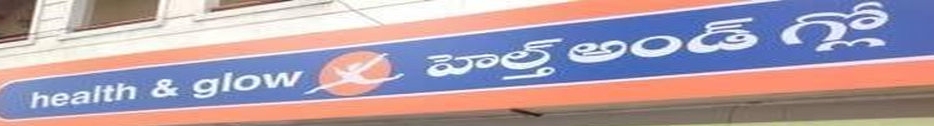
Language: telugu
Transcription: హల్త్ గ్లో అండ్